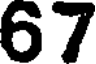
67